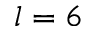
l = 6